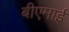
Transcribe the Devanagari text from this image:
बीएमाई